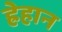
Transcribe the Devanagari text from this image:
ह्रेहान